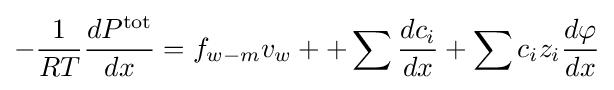
-{\frac {1}{RT}}{\frac {dP^{\text{tot}}}{dx}}=f_{w-m}v_{w}++\sum {\frac {dc_{i}}{dx}}+\sum c_{i}z_{i}{\frac {d\varphi }{dx}}